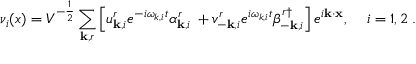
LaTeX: \nu _ { i } ( x ) = V ^ { - \frac { 1 } { 2 } } \sum _ { { \bf k } , r } \left[ u _ { { \bf k } , i } ^ { r } e ^ { - i \omega _ { k , i } t } \alpha _ { { \bf k } , i } ^ { r } \: + v _ { - { \bf k } , i } ^ { r } e ^ { i \omega _ { k , i } t } \beta _ { - { \bf k } , i } ^ { r \dag } \right] e ^ { i { \bf k } \cdot { \bf x } } , \; \; \; ~ i = 1 , 2 \; .